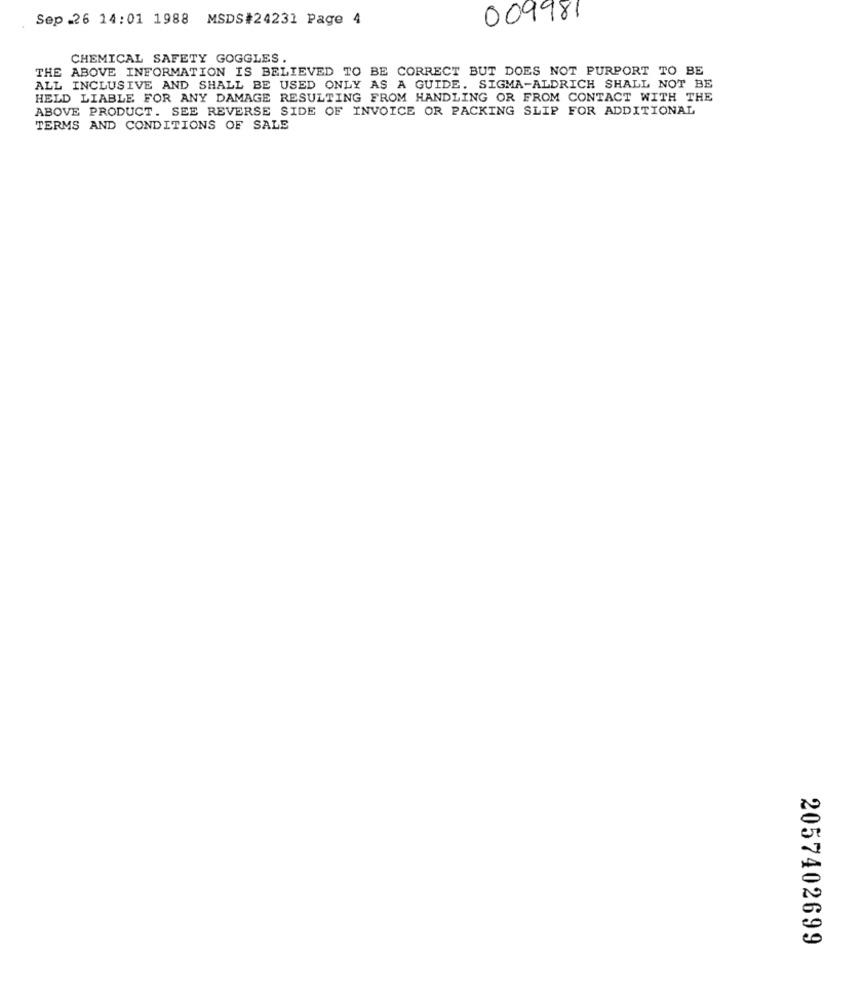
Sep.26 14:01 1988 MSDS#24231 Page 4
009981
CHEMICAL SAFETY GOGGLES.
THE ABOVE INFORMATION IS BELIEVED TO BE CORRECT BUT DOES NOT PURPORT TO BE
ALL INCLUSIVE AND SHALL BE USED ONLY AS A GUIDE. SIGMA-ALDRICH SHALL NOT BE
HELD LIABLE FOR ANY DAMAGE RESULTING FROM HANDLING OR FROM CONTACT WITH THE
ABOVE PRODUCT. SEE REVERSE SIDE OF INVOICE OR PACKING SLIP FOR ADDITIONAL
TERMS AND CONDITIONS OF SALE
2057402699